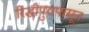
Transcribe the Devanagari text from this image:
रिद्धीपुरापासून